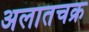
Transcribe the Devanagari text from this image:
अलातचक्र